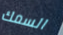
السمك